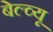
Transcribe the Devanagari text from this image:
बेल्व्यू